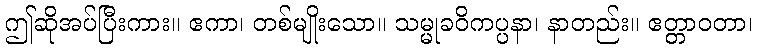
ဤဆိုအပ်ပြီးကား။ ဧကာ၊ တစ်မျိုးသော။ သမ္မုခဝိကပ္ပနာ၊ နာတည်း။ ဧတ္တာဝတာ၊